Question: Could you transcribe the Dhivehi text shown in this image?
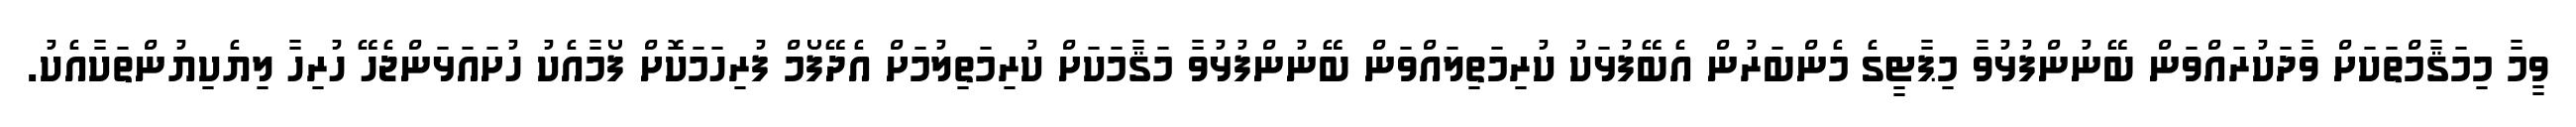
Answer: ވީމާ މިމަޤާމްތަކަށް ވާދަކުރައްވަން ބޭނުންފުޅުވާ މިޕާޓީގެ މެންބަރުން އެބޭފުޅަކު ކުރިމަތިލައްވަން ބޭނުންފުޅުވާ މަޤާމަކަށް ކުރިމަތިލުމަށް އެދޭފޯމް ފުރިހަމަކޮށް ފޯމާއެކު ހުށައަޅަންޖެހޭ ހުރިހާ ލިޔެކިޔުންތަކާއެކު.